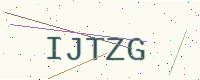
Text: IJTZG